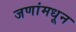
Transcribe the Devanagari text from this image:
जणांमधून